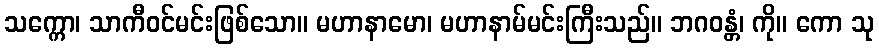
သက္ကော၊ သာကီဝင်မင်းဖြစ်သော။ မဟာနာမော၊ မဟာနာမ်မင်းကြီးသည်။ ဘဂဝန္တံ၊ ကို။ ကော သု